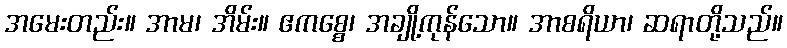
အမေးတည်း။ အာမ၊ အိမ်း။ ဧကစ္စေ၊ အချို့ကုန်သော။ အာစရိယာ၊ ဆရာတို့သည်။